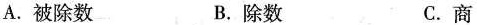
A.被除数 B.除数 C.商